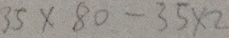
3 5 \times 8 0 - 3 5 \times 2